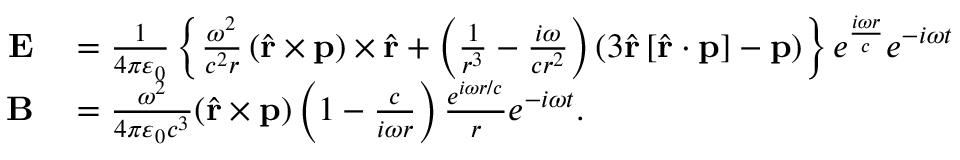
\begin{array} { r l } { \mathbf { E } } & { { } = { \frac { 1 } { 4 \pi \varepsilon _ { 0 } } } \left\{ { \frac { \omega ^ { 2 } } { c ^ { 2 } r } } \left( { \hat { \mathbf { r } } } \times \mathbf { p } \right) \times { \hat { \mathbf { r } } } + \left( { \frac { 1 } { r ^ { 3 } } } - { \frac { i \omega } { c r ^ { 2 } } } \right) \left( 3 { \hat { \mathbf { r } } } \left[ { \hat { \mathbf { r } } } \cdot \mathbf { p } \right] - \mathbf { p } \right) \right\} e ^ { \frac { i \omega r } { c } } e ^ { - i \omega t } } \\ { \mathbf { B } } & { { } = { \frac { \omega ^ { 2 } } { 4 \pi \varepsilon _ { 0 } c ^ { 3 } } } ( { \hat { \mathbf { r } } } \times \mathbf { p } ) \left( 1 - { \frac { c } { i \omega r } } \right) { \frac { e ^ { i \omega r / c } } { r } } e ^ { - i \omega t } . } \end{array}